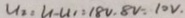
U _ { 2 } = U - U _ { 1 } = 1 8 V - 8 V = 1 0 V .